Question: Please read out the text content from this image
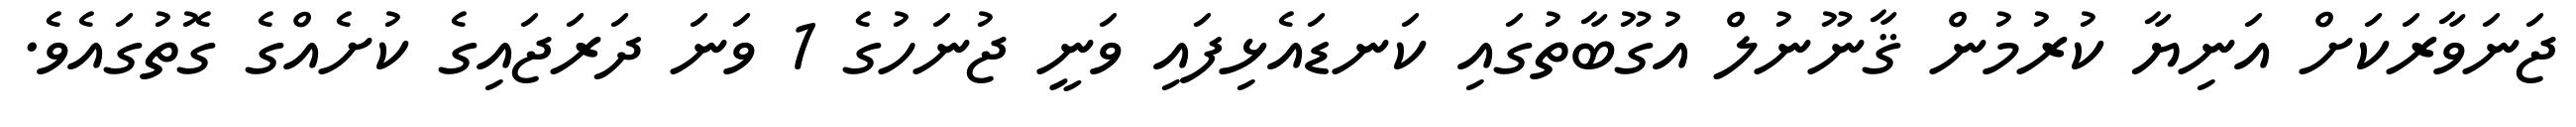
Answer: ޖަނަވާރަކަށް އަނިޔާ ކުރުމުން ޤާނޫނުލް އުގޫބާތުގައި ކަނޑައެޅިފައި ވަނީ ޖުނަހުގެ 1 ވަނަ ދަރަޖައިގެ ކުށެއްގެ ގޮތުގައެވެ.